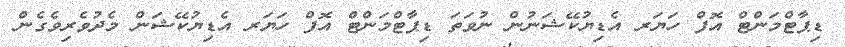
ޑިޕާޓްމަންޓް އޮފް ހަޔަރ އެޑިޔުކޭޝަނުން ނުވަތަ ޑިޕާޓްމަންޓް އޮފް ހަޔަރ އެޑިޔުކޭޝަން މެދުވެރިވެގެން